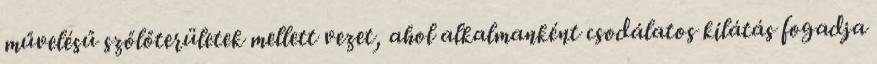
művelésű szőlőterületek mellett vezet, ahol alkalmanként csodálatos kilátás fogadja